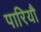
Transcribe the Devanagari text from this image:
पारियौ